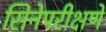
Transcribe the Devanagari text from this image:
सिनेपरीक्षणे